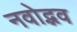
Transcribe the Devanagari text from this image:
नवोद्भव